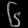
Digit: ၆